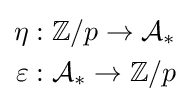
{\begin{aligned}\eta &:\mathbb {Z} /p\to {\mathcal {A}}_{*}\\\varepsilon &:{\mathcal {A}}_{*}\to \mathbb {Z} /p\end{aligned}}